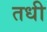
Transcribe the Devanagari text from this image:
तधी